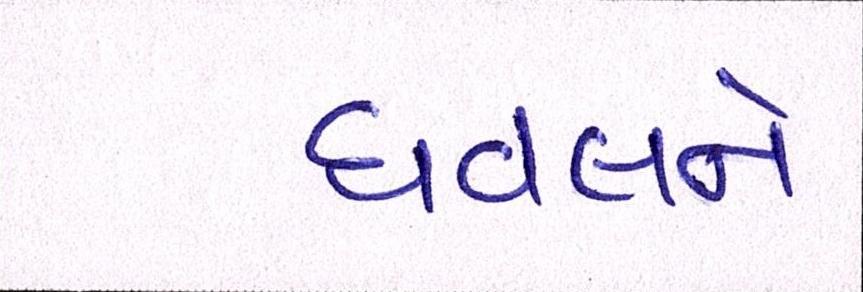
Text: ધવલને